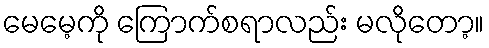
မေမေ့ကို ကြောက်စရာလည်း မလိုတော့။